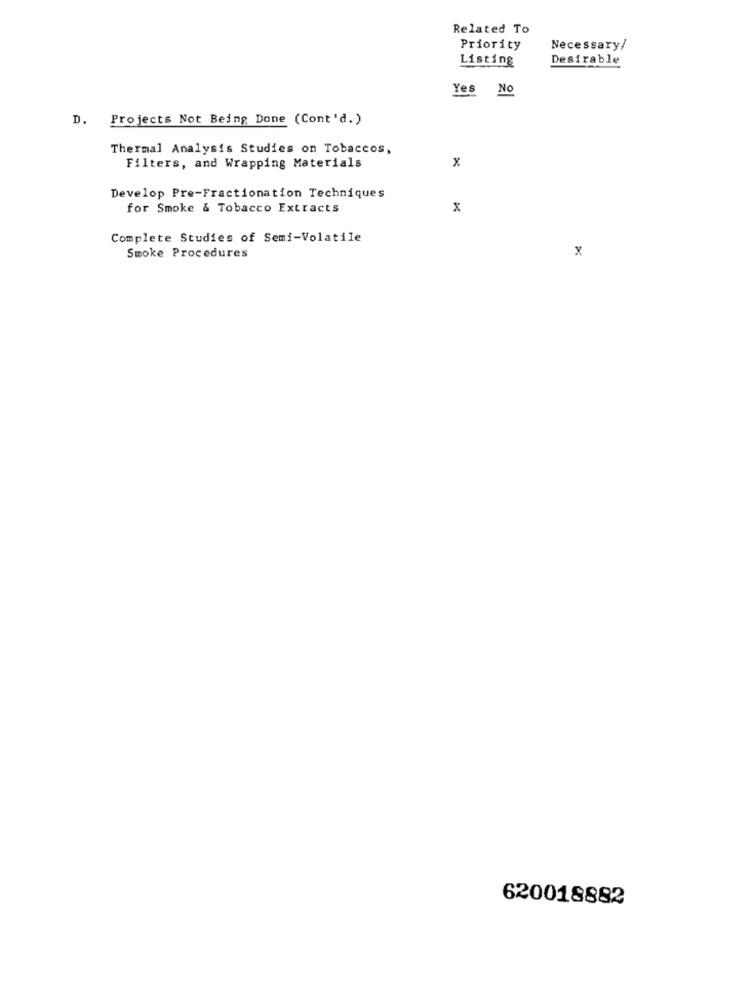
Related To
Priority
Necessary/
Listing
Desirable
Yes No
D. Projects Not Being Done (Cont'd.)
Thermal Analysis Studies on Tobaccos,
Filters, and Wrapping Materials
x
Develop Pre-Fractionation Techniques
for Smoke & Tobacco Extracts
Complete Studies of Semi-Volatile
x
Smoke Procedures
620018882